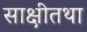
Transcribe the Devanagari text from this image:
साक्षीतथा